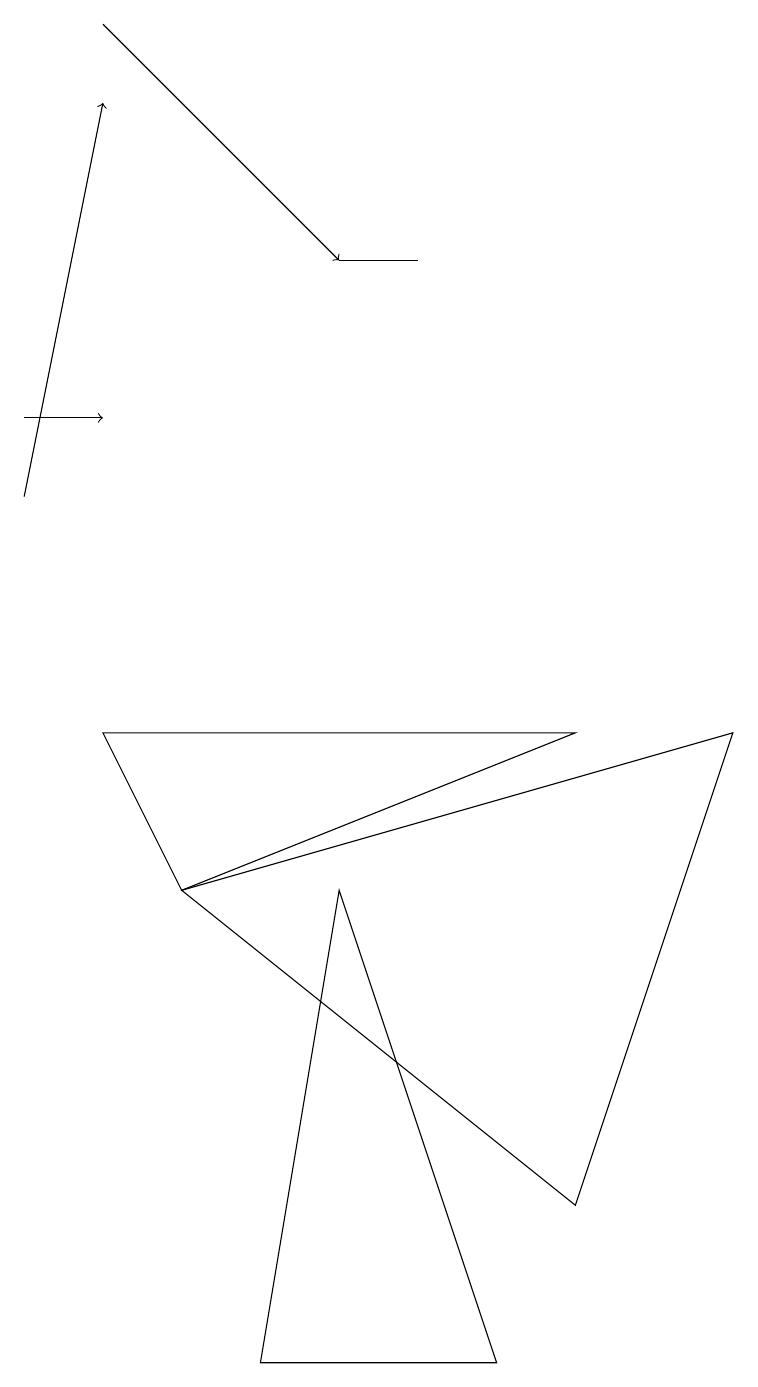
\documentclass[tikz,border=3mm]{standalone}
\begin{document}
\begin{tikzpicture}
\draw (6,1) -- (3,1) -- (4,7) -- cycle;
\draw[->] (0,13) -- (1,13);
\draw[->] (0,12) -- (1,17);
\draw (2,7) -- (1,9) -- (7,9) -- cycle;
\draw (4,15) rectangle (5,15);
\draw (2,7) -- (7,3) -- (9,9) -- cycle;
\draw[->] (1,18) -- (4,15);
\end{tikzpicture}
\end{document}